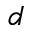
d